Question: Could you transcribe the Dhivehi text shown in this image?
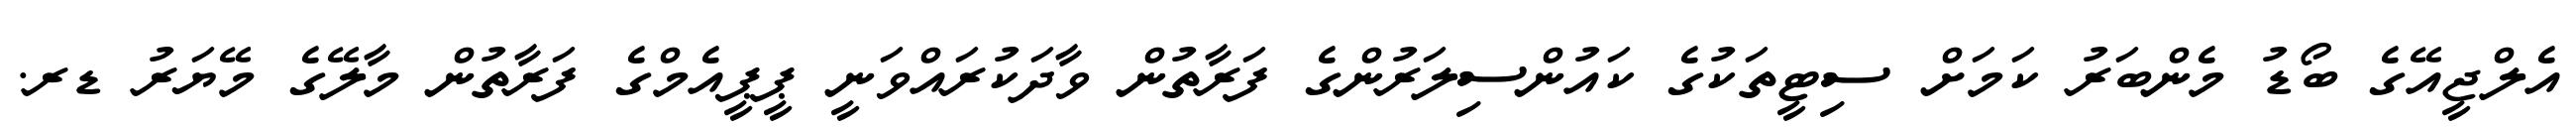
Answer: އެލްޖީއޭގެ ބޯޑު މެންބަރު ކަމަށް ސިޓީތަކުގެ ކައުންސިލަރުންގެ ފަރާތުން ވާދަކުރައްވަނީ ޕީޕީއެމްގެ ފަރާތުން މާލޭގެ މޭޔަރު ޑރ.